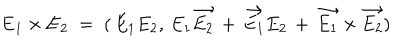
{ \bf E } _ { 1 } \times { \bf E } _ { 2 } \; = \; ( \, E _ { 1 } E _ { 2 } , \, E _ { 1 } \vec { E _ { 2 } } \, + \, \vec { E _ { 1 } } E _ { 2 } \, + \, \vec { E _ { 1 } } \times \vec { E _ { 2 } } )